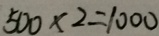
5 0 0 \times 2 = 1 0 0 0